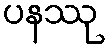
ပနဿု